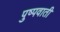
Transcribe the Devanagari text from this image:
पुष्पवाती